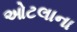
ઓટલાના